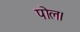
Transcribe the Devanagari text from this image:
पोल।